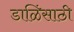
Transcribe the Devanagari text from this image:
डाळिंसाठी